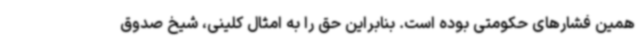
همین فشارهای حکومتی بوده است. بنابراین حق را به امثال کلینی، شیخ صدوق